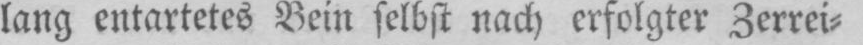
lang entartetes Bein selbst nach erfolgter Zerrei⸗